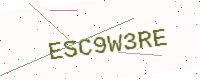
Text: ESC9W3RE